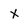
Character: X